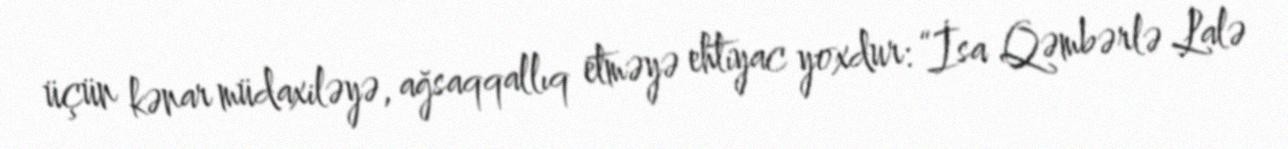
üçün kənar müdaxiləyə, ağsaqqallıq etməyə ehtiyac yoxdur: “İsa Qəmbərlə Lalə